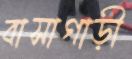
বাসাগাড়ী